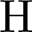
\textrm { H }